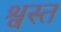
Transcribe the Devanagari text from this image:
श्वस्त